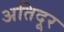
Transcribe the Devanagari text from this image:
अतिदूर